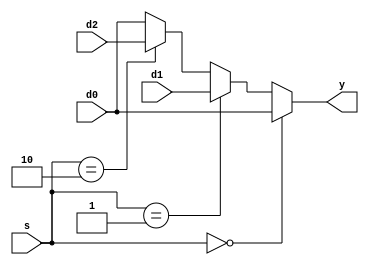
`timescale 1ns / 1ps
//////////////////////////////////////////////////////////////////////////////////
// Company: 
// Engineer: 
// 
// Design Name: 
// Module Name: mux3
// Project Name: 
// Target Devices: 
// Tool Versions: 
// Description: 
// 
// Dependencies: 
// 
// Revision:
// Revision 0.01 - File Created
// Additional Comments:
// 
//////////////////////////////////////////////////////////////////////////////////


module mux3 #(parameter WIDTH = 8)(
	input wire[WIDTH-1:0] d0,d1,d2,
	input wire[1:0] s,
//	input wire stall,
	output wire[WIDTH-1:0] y
    );
    assign y= (s == 2'b00) ? d0 :
				(s == 2'b01) ? d1:
				(s == 2'b10) ? d2: d0;
//    reg [WIDTH-1:0]y_temp;
//    assign y=y_temp;
//    always@(*)
//    begin
//        if(stall==1'b1)
//        begin
//            y_temp<=y_temp;
//        end
//        else begin
//            y_temp <=  (s == 2'b00) ? d0 :
//				(s == 2'b01) ? d1:
//				(s == 2'b10) ? d2: d0;
//        end
//    end
endmodule